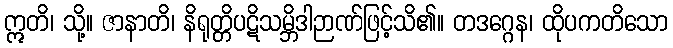
ဣတိ၊ သို့။ ဇာနာတိ၊ နိရုတ္တိပဋိသမ္ဘိဒါဉာဏ်ဖြင့်သိ၏။ တဒဂ္ဂေန၊ ထိုပကတိသော